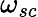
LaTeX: \omega_{sc}